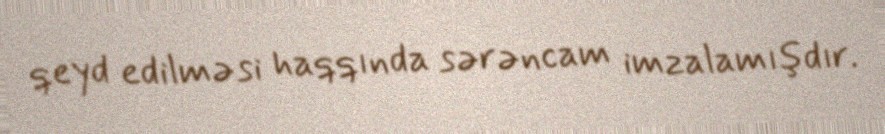
qeyd edilməsi haqqında sərəncam imzalamışdır.